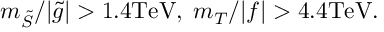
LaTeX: m _ { \tilde { S } } / | \tilde { g } | > 1 . 4 \mathrm { T e V } , \; m _ { T } / | f | > 4 . 4 \mathrm { T e V } .